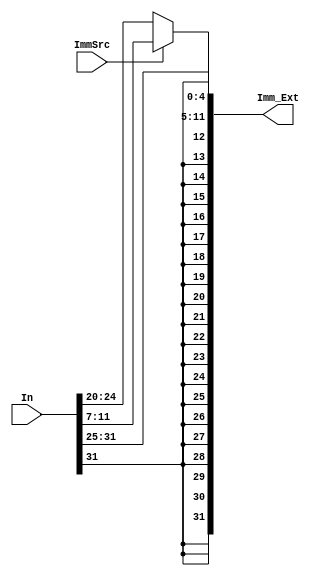
`timescale 1ns / 1ps
//////////////////////////////////////////////////////////////////////////////////
// Company: 
// Engineer: 
// 
// Design Name: 
// Module Name: sign_extend
// Project Name: 
// Target Devices: 
// Tool Versions: 
// Description: 
// 
// Dependencies: 
// 
// Revision:
// Revision 0.01 - File Created
// Additional Comments:
// 
//////////////////////////////////////////////////////////////////////////////////


module sign_extend #(parameter N=32)(
    input [N-1:0] In,
    input ImmSrc,
    output [N-1:0]Imm_Ext
    );
    
    //assign Imm_Ext = {{20{In[31]}}, In[31:20]}; //Immediate 12-bits to 32-bits for I-type instruction
    
    //ImmSrc=0 --> I-type
    //ImmSrc=1 --> S-type
    assign Imm_Ext = (ImmSrc == 1'b1) ? ({{20{In[31]}},In[31:25],In[11:7]}) : {{20{In[31]}},In[31:20]};
    
                           
endmodule